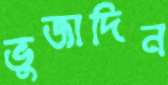
ভুজাদিন